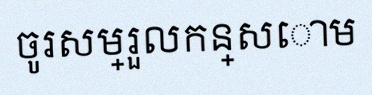
ចូរសម្រួលកន្សោម